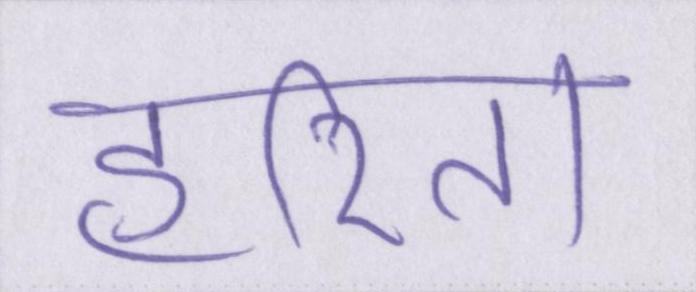
हरिता